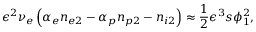
\epsilon ^ { 2 } \nu _ { e } \left( \alpha _ { e } n _ { e 2 } - \alpha _ { p } n _ { p 2 } - n _ { i 2 } \right) \approx \frac { 1 } { 2 } \epsilon ^ { 3 } s \phi _ { 1 } ^ { 2 } ,